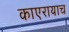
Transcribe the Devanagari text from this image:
काएरायाच